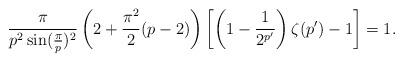
LaTeX: \begin{align*} \frac{\pi}{p^2\sin(\frac{\pi}{p})^2}\left(2+\frac{\pi^2}{2}(p-2)\right) \left[\left(1-\frac{1}{2^{p'}}\right)\zeta(p')-1\right]=1.\end{align*}